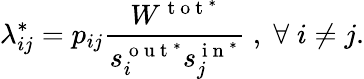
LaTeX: \lambda_{ij}^{*}=p_{ij}\frac{W^{\mathrm{~t~o~t~}^{*}}}{s_{i}^{\mathrm{~o~u~t~}^{*}}s_{j}^{\mathrm{~i~n~}^{*}}}\; ,\; \forall\; i\neq j.